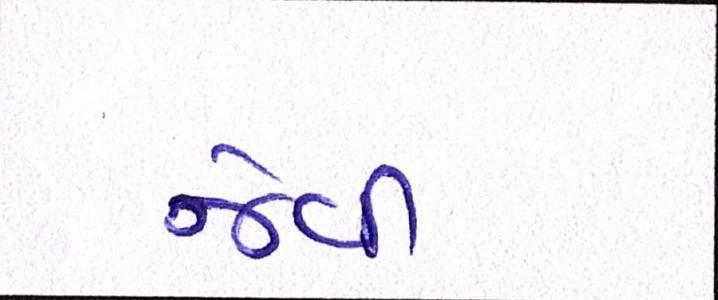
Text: જેવી